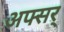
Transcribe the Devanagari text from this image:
अफ्सर्